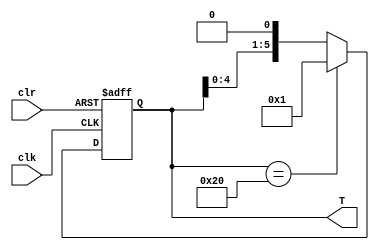
module ringCounter (
	input clk,clr,
	output reg [5:0] T);
	
	always@(negedge clk or negedge clr)
		begin
			if(!clr)
				begin
					T <= 6'b000001;
				end
			else
				begin
					if(T == 6'b100000)
						T = 6'b000001;
					else
						T = T << 1;
				end
		end
	

endmodule